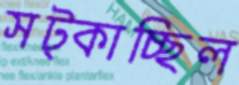
সট্‌কাচ্ছিল